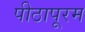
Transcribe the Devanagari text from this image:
पीठापूरम